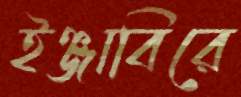
ইঞ্জাবিরে